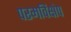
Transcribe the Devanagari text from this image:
परमविक्षेप